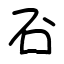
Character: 䂖